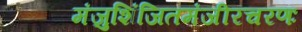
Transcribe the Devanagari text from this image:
मंजुशिंजितमंजीरचरणः